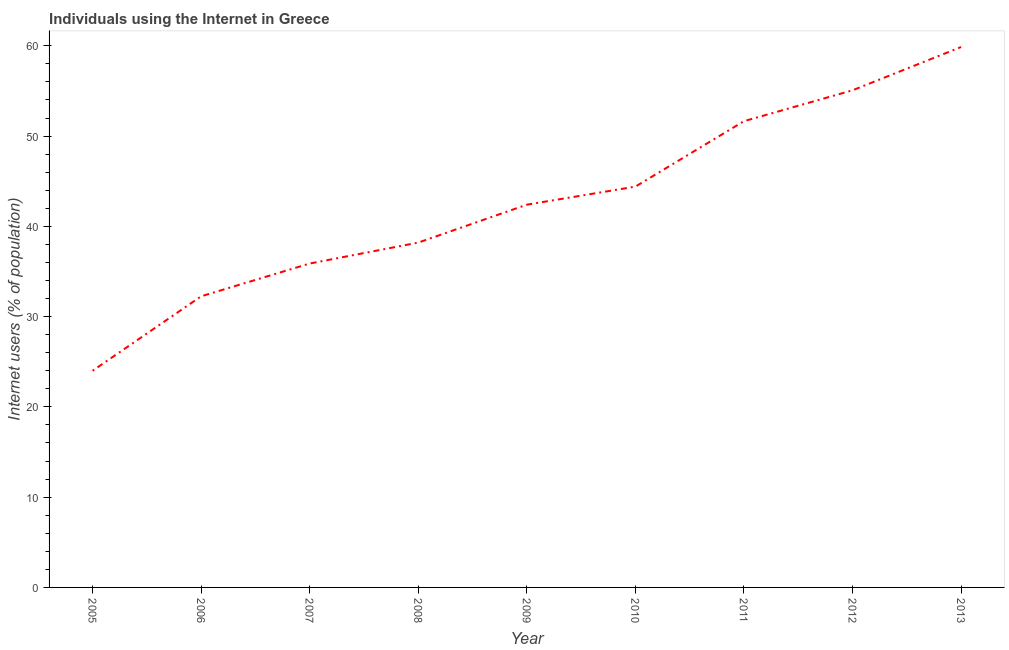
| Year | Internet users |
 | --- | --- |
 | 2005 | 24 |
 | 2006 | 32.2 |
 | 2007 | 35.9 |
 | 2008 | 38.2 |
 | 2009 | 42.4 |
 | 2010 | 44.4 |
 | 2011 | 51.6 |
 | 2012 | 55.1 |
 | 2013 | 59.9 |